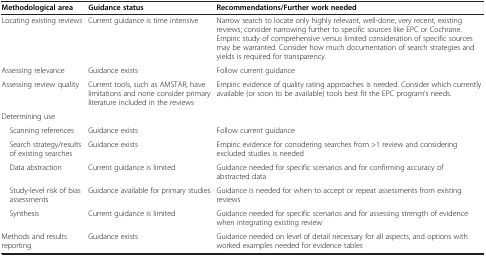
<table><thead><tr><td><b>Methodological area</b></td><td><b>Guidance status</b></td><td><b>Recommendations/Further work needed</b></td></tr></thead><tbody><tr><td>Locating existing reviews</td><td>Current guidance is time intensive</td><td>Narrow search to locate only highly relevant, well-done, very recent, existing reviews; consider narrowing further to specific sources like EPC or Cochrane. Empiric study of comprehensive versus limited consideration of specific sources may be warranted. Consider how much documentation of search strategies and yields is required for transparency.</td></tr><tr><td>Assessing relevance</td><td>Guidance exists</td><td>Follow current guidance</td></tr><tr><td>Assessing review quality</td><td>Current tools, such as AMSTAR, have limitations and none consider primary literature included in the reviews</td><td>Empiric evidence of quality rating approaches is needed. Consider which currently available (or soon to be available) tools best fit the EPC program’s needs.</td></tr><tr><td>Determining use</td><td> </td><td> </td></tr><tr><td> Scanning references</td><td>Guidance exists</td><td>Follow current guidance</td></tr><tr><td> Search strategy/results of existing searches</td><td>Guidance exists</td><td>Empiric evidence for considering searches from &gt;1 review and considering excluded studies is needed</td></tr><tr><td> Data abstraction</td><td>Current guidance is limited</td><td>Guidance needed for specific scenarios and for confirming accuracy of abstracted data</td></tr><tr><td> Study-level risk of bias assessments</td><td>Guidance available for primary studies</td><td>Guidance is needed for when to accept or repeat assessments from existing reviews</td></tr><tr><td> Synthesis</td><td>Current guidance is limited</td><td>Guidance needed for specific scenarios and for assessing strength of evidence when integrating existing review</td></tr><tr><td>Methods and results reporting</td><td>Guidance exists</td><td>Guidance needed on level of detail necessary for all aspects, and options with worked examples needed for evidence tables</td></tr></tbody></table>